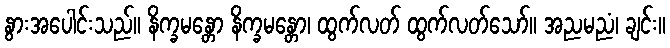
နွားအပေါင်းသည်။ နိက္ခမန္တော နိက္ခမန္တော၊ ထွက်လတ် ထွက်လတ်သော်။ အညမညံ၊ ချင်း။